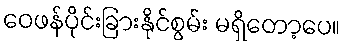
ဝေဖန်ပိုင်းခြားနိုင်စွမ်း မရှိတော့ပေ။